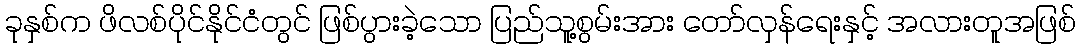
ခုနှစ်က ဖိလစ်ပိုင်နိုင်ငံတွင် ဖြစ်ပွားခဲ့သော ပြည်သူ့စွမ်းအား တော်လှန်ရေးနှင့် အလားတူအဖြစ်